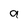
Character: 9